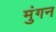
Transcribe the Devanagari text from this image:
मुंगन